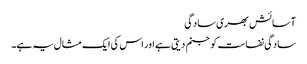
آسائش بھری سادگی
سادگی نفاست کو جنم دیتی ہے اور اس کی ایک مثال یہ ہے۔